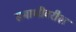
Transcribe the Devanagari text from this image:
समाधीवरील